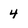
Character: 4